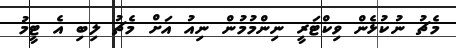
މެޗު ނުކުޅެން ވިކްޓަރީ ނިންމުމުން ނިއު އަށް މެޗު ލިބި އެ ޓީމު